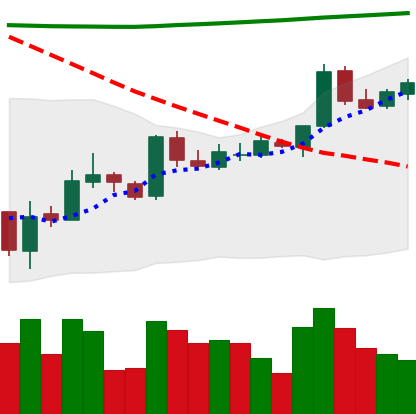
Ticker: BTC-USD
Chart end date: 2015-10-10
Forward return: 3.829%
Label: up_3_5